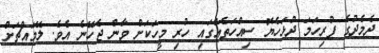
ދެމެދުގެ ފުރިހަމަ ދުޅަހެޔޮ ސިއްހަތެއްގައި ހުރި މީހަކަށް ވާން ޖެހޭނެ އެވެ. ލޭމައްޗަށް